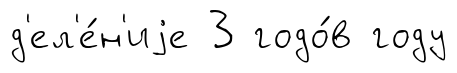
д'ел'е́н'иjе 3 годо́в году